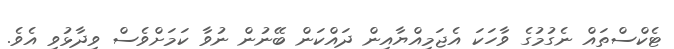
ޓެކްސްތައް ނެގުމުގެ ވާހަކަ އެޖަމިއްޔާއިން ދައްކަން ބޭނުން ނުވާ ކަމަށްވެސް ވިދާޅުވި އެވެ.